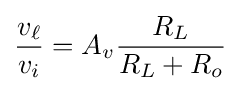
{\frac {v_{\ell }}{v_{i}}}=A_{v}{\frac {R_{L}}{R_{L}+R_{o}}}\,\!